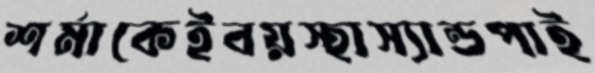
শর্মাকেইবয়স্হাস্যান্ডপাই